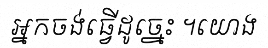
អ្នកចង់ធ្វើដូច្នេះ ។យោង